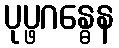
ပုပ္ဖဂန္ဓေန